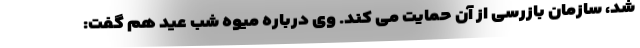
شد،‌ سازمان بازرسی از آن حمایت می کند. وی درباره میوه شب عید هم گفت: